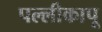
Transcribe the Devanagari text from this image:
पल्लीकापू